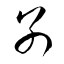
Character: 別